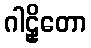
ဂါဠှိတော